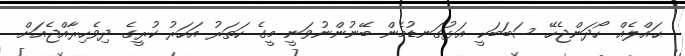
ޙައްލެއް ހޯދަންޖެހޭ ސަބަބަކީ އަޅުގަނޑުމެން ބޭނުންނުވަނީ މީގެ ހަތަރު އަހަރު ކުރީގެ ދިވެހިރާއްޖެއަށް